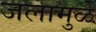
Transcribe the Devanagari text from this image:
जलामुळे